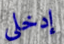
إدخلي